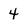
Character: 4